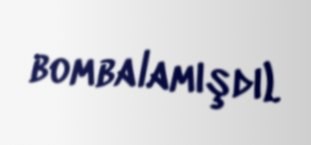
bombalamışdı).